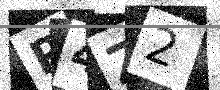
Text: R4Z2